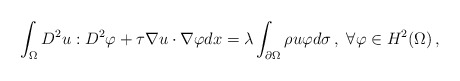
\begin{align*}\int_\Omega D^2u:D^2\varphi+\tau\nabla u\cdot\nabla\varphi dx=\lambda\int_{\partial\Omega}\rho u \varphi d\sigma\,,\ \forall\varphi\in H^2(\Omega)\,,\end{align*}